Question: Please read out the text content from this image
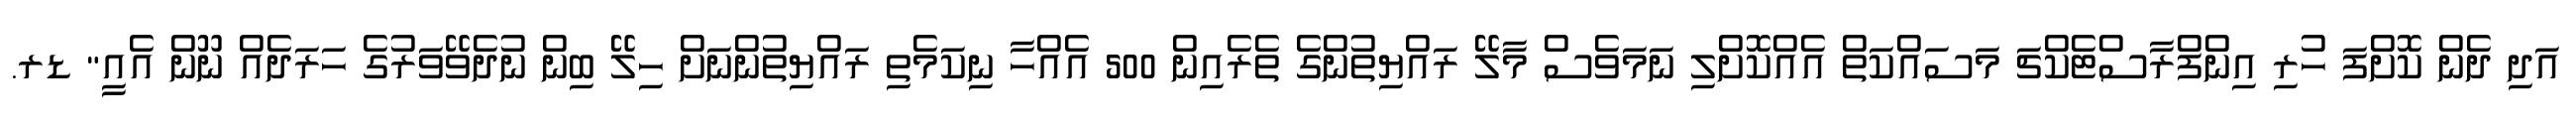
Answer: އަދި ދެން ކޮށްފަ ހުރި އިންފްރާސްޓެކްޗަ މަސައްކަތް އެއްކޮށްލި ނަމަވެސް މާލޭ ރައްޔިތުންގެ ތެރެއިން 500 އެއްހާ ނިކަމެތި ރައްޔިތުންނަށް ހިލޭ ބިން ނުދެވޭވަރުގެ ހަރަދެއް ނޫން އެއީ" ޑރ.